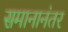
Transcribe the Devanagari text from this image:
समानानंतर